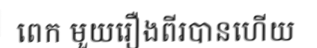
ពេក មួយរឿងពីរបានហើយ